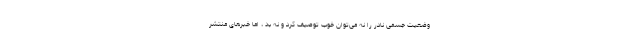
وضعیت جسمی نادر را نه می‌توان خوب توصیف کرد و نه بد ، اما خبرهای منتشر